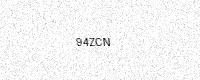
Text: 94ZCN